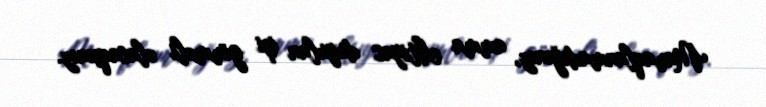
Maraqlanmadığınız, amma ehtiyac duyulan işi görməli olacaqsınız.